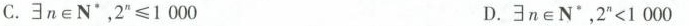
C. \exists n \in N^{\ast}，2^{n}≤1 000 D. \exists n \in N^{\ast}，2^{n}＜1 000